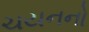
ચયનનો